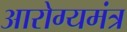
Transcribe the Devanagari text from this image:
आरोग्यमंत्र